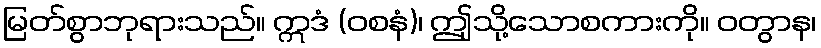
မြတ်စွာဘုရားသည်။ ဣဒံ (ဝစနံ)၊ ဤုသို့သောစကားကို။ ဝတွာန၊